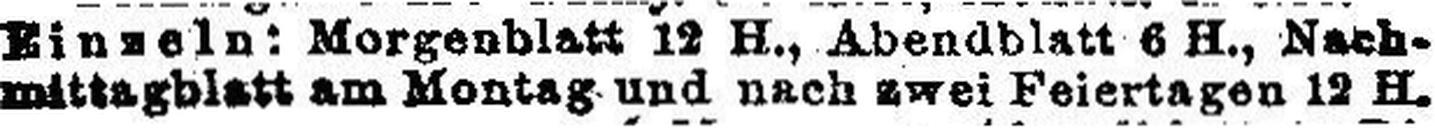
mittagblatt am Montag und nach zwei Feiertagen 12 H.